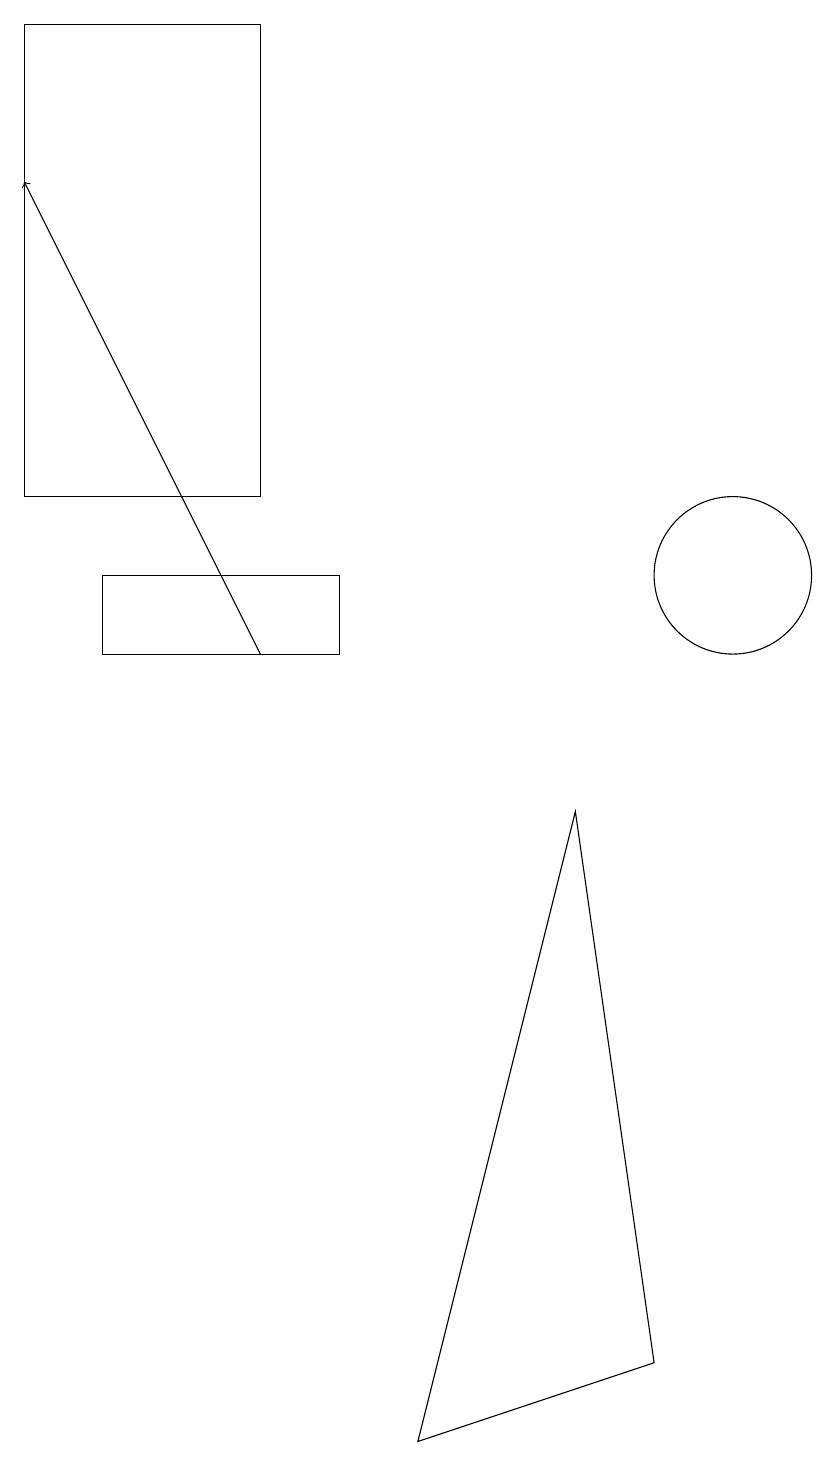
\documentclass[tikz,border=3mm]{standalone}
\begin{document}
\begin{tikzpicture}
\draw (6,1) -- (8,9) -- (9,2) -- cycle;
\draw (4,19) rectangle (1,13);
\draw[->] (4,11) -- (1,17);
\draw (10,12) circle (1);
\draw (2,12) rectangle (5,11);
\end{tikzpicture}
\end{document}